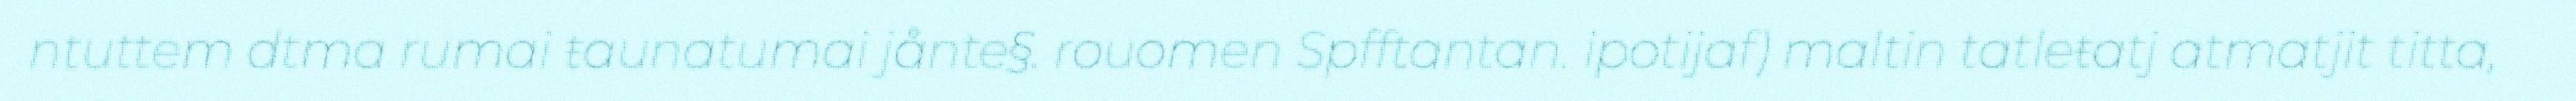
ntuttem dtma rumai ŧaunatumai jånte§. rouomen Spfftantan. ipotijaf) maltin tatleŧatj atmatjit titta,